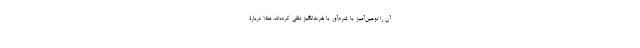
آن را توهین‌آمیز یا شرم‌آور یا نفرت‌انگیز تلقی کرده‌اند، مثلاً دربارۀ